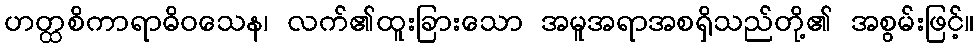
ဟတ္ထစိကာရာဓိဝသေန၊ လက်၏ထူးခြားသော အမူအရာအစရှိသည်တို့၏ အစွမ်းဖြင့်။